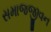
સમાજજીવન